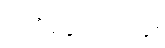
ပျော်မွေ့တတ်သူ။